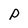
Character: p